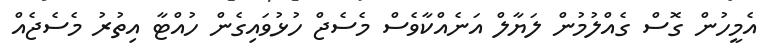
އެމީހުން ގޮސް ގެއްލުމުން ލަޔާލް އަނެއްކާވެސް މެސެޖް ހުޅުވައިގެން ހުއްޓާ އިތުރު މެސެޖެއް